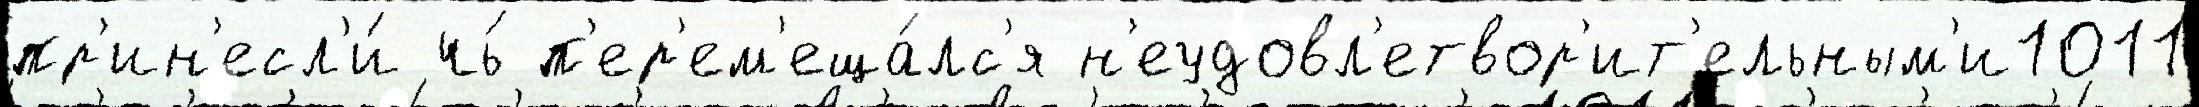
пр'ин'есл'и́ чь́ п'ер'ем'еща́лс'я н'еудовл'етвор'ит'ельным'и1011